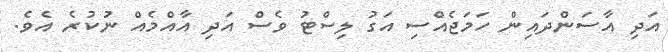
އަދި އާސަންދައިން ހަމަޖެއްސި އަގު ލިސްޓު ވެސް އަދި އާއްމެއް ނުކުރެ އެވެ.